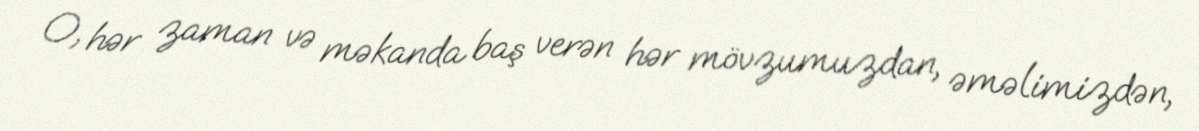
O, hər zaman və məkanda baş verən hər mövzumuzdan, əməlimizdən,